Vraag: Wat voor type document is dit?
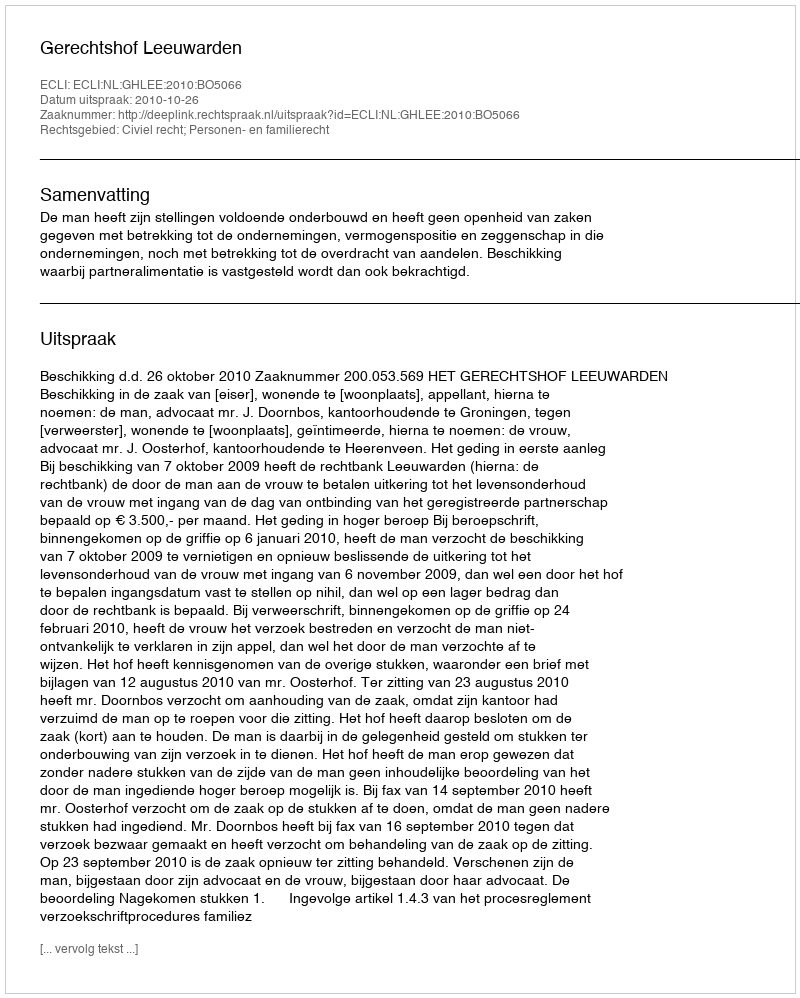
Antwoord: Uitspraak